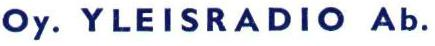
Oy. YLEISRADIO Ab.